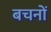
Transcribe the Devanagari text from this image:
बचनों